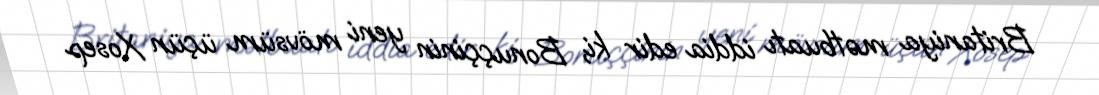
Britaniya mətbuatı iddia edir ki, Bonuççinin yeni mövsüm üçün Xosep